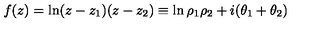
f ( z ) = \ln ( z - z _ { 1 } ) ( z - z _ { 2 } ) \equiv \ln \rho _ { 1 } \rho _ { 2 } + i ( \theta _ { 1 } + \theta _ { 2 } )